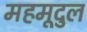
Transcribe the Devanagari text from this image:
महमूदुल